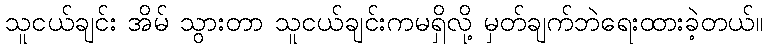
သူငယ်ချင်း အိမ် သွားတာ သူငယ်ချင်းကမရှိလို့ မှတ်ချက်ဘဲရေးထားခဲ့တယ်။